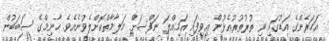
އަހަރެންގެ އަޑުގައި ވި ތުރުތުރުއެޅުން އިވިފައި އަމިއްލަ ނަފްސަށް މަލާމާތްކޮށްލެވުނެއެވެ. ހާނިމްގެ ސަބަބުން